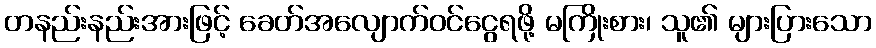
တနည်းနည်းအားဖြင့် ခေတ်အလျောက်ဝင်ငွေရဖို့ မကြိုးစား၊ သူ၏ များပြားသော